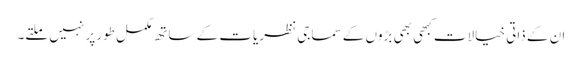
ان کے ذاتی خیالات کبھی بھی بڑوں کے سماجی نظریات کے ساتھ مکمل طور پر نہیں ملتے۔